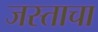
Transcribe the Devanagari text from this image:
जस्ताचा